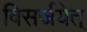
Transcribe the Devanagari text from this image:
विसर्जयेत्